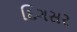
દિગસર